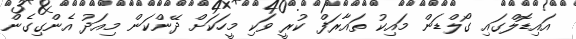
އައިޑޮލްގައި ގޯލްޑަން މައިކު ތައާރަފް ކުރީ ވަކި މީހަކަށް ދޭންކަން މިއަދު އެންގިގެން